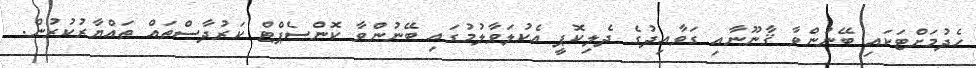
ހެދުމަށްޓަކައި ބޭނުންވާ ޤާނޫނާއި ގަވާއިދުގެ ދެލިކޮޕީ އެކުލަވާލުމުގައި ބޭނުންވާ ކޮންސެޕްޓް ކަރުދާސްތައް ތައްޔާރުކުރުން.